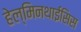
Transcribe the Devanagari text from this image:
हेल्मिनथाईसिस